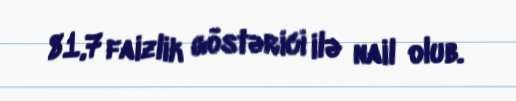
81,7 faizlik göstərici ilə nail olub.